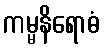
ကမ္မနိရောဓံ